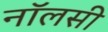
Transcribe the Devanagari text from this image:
नॉलसी